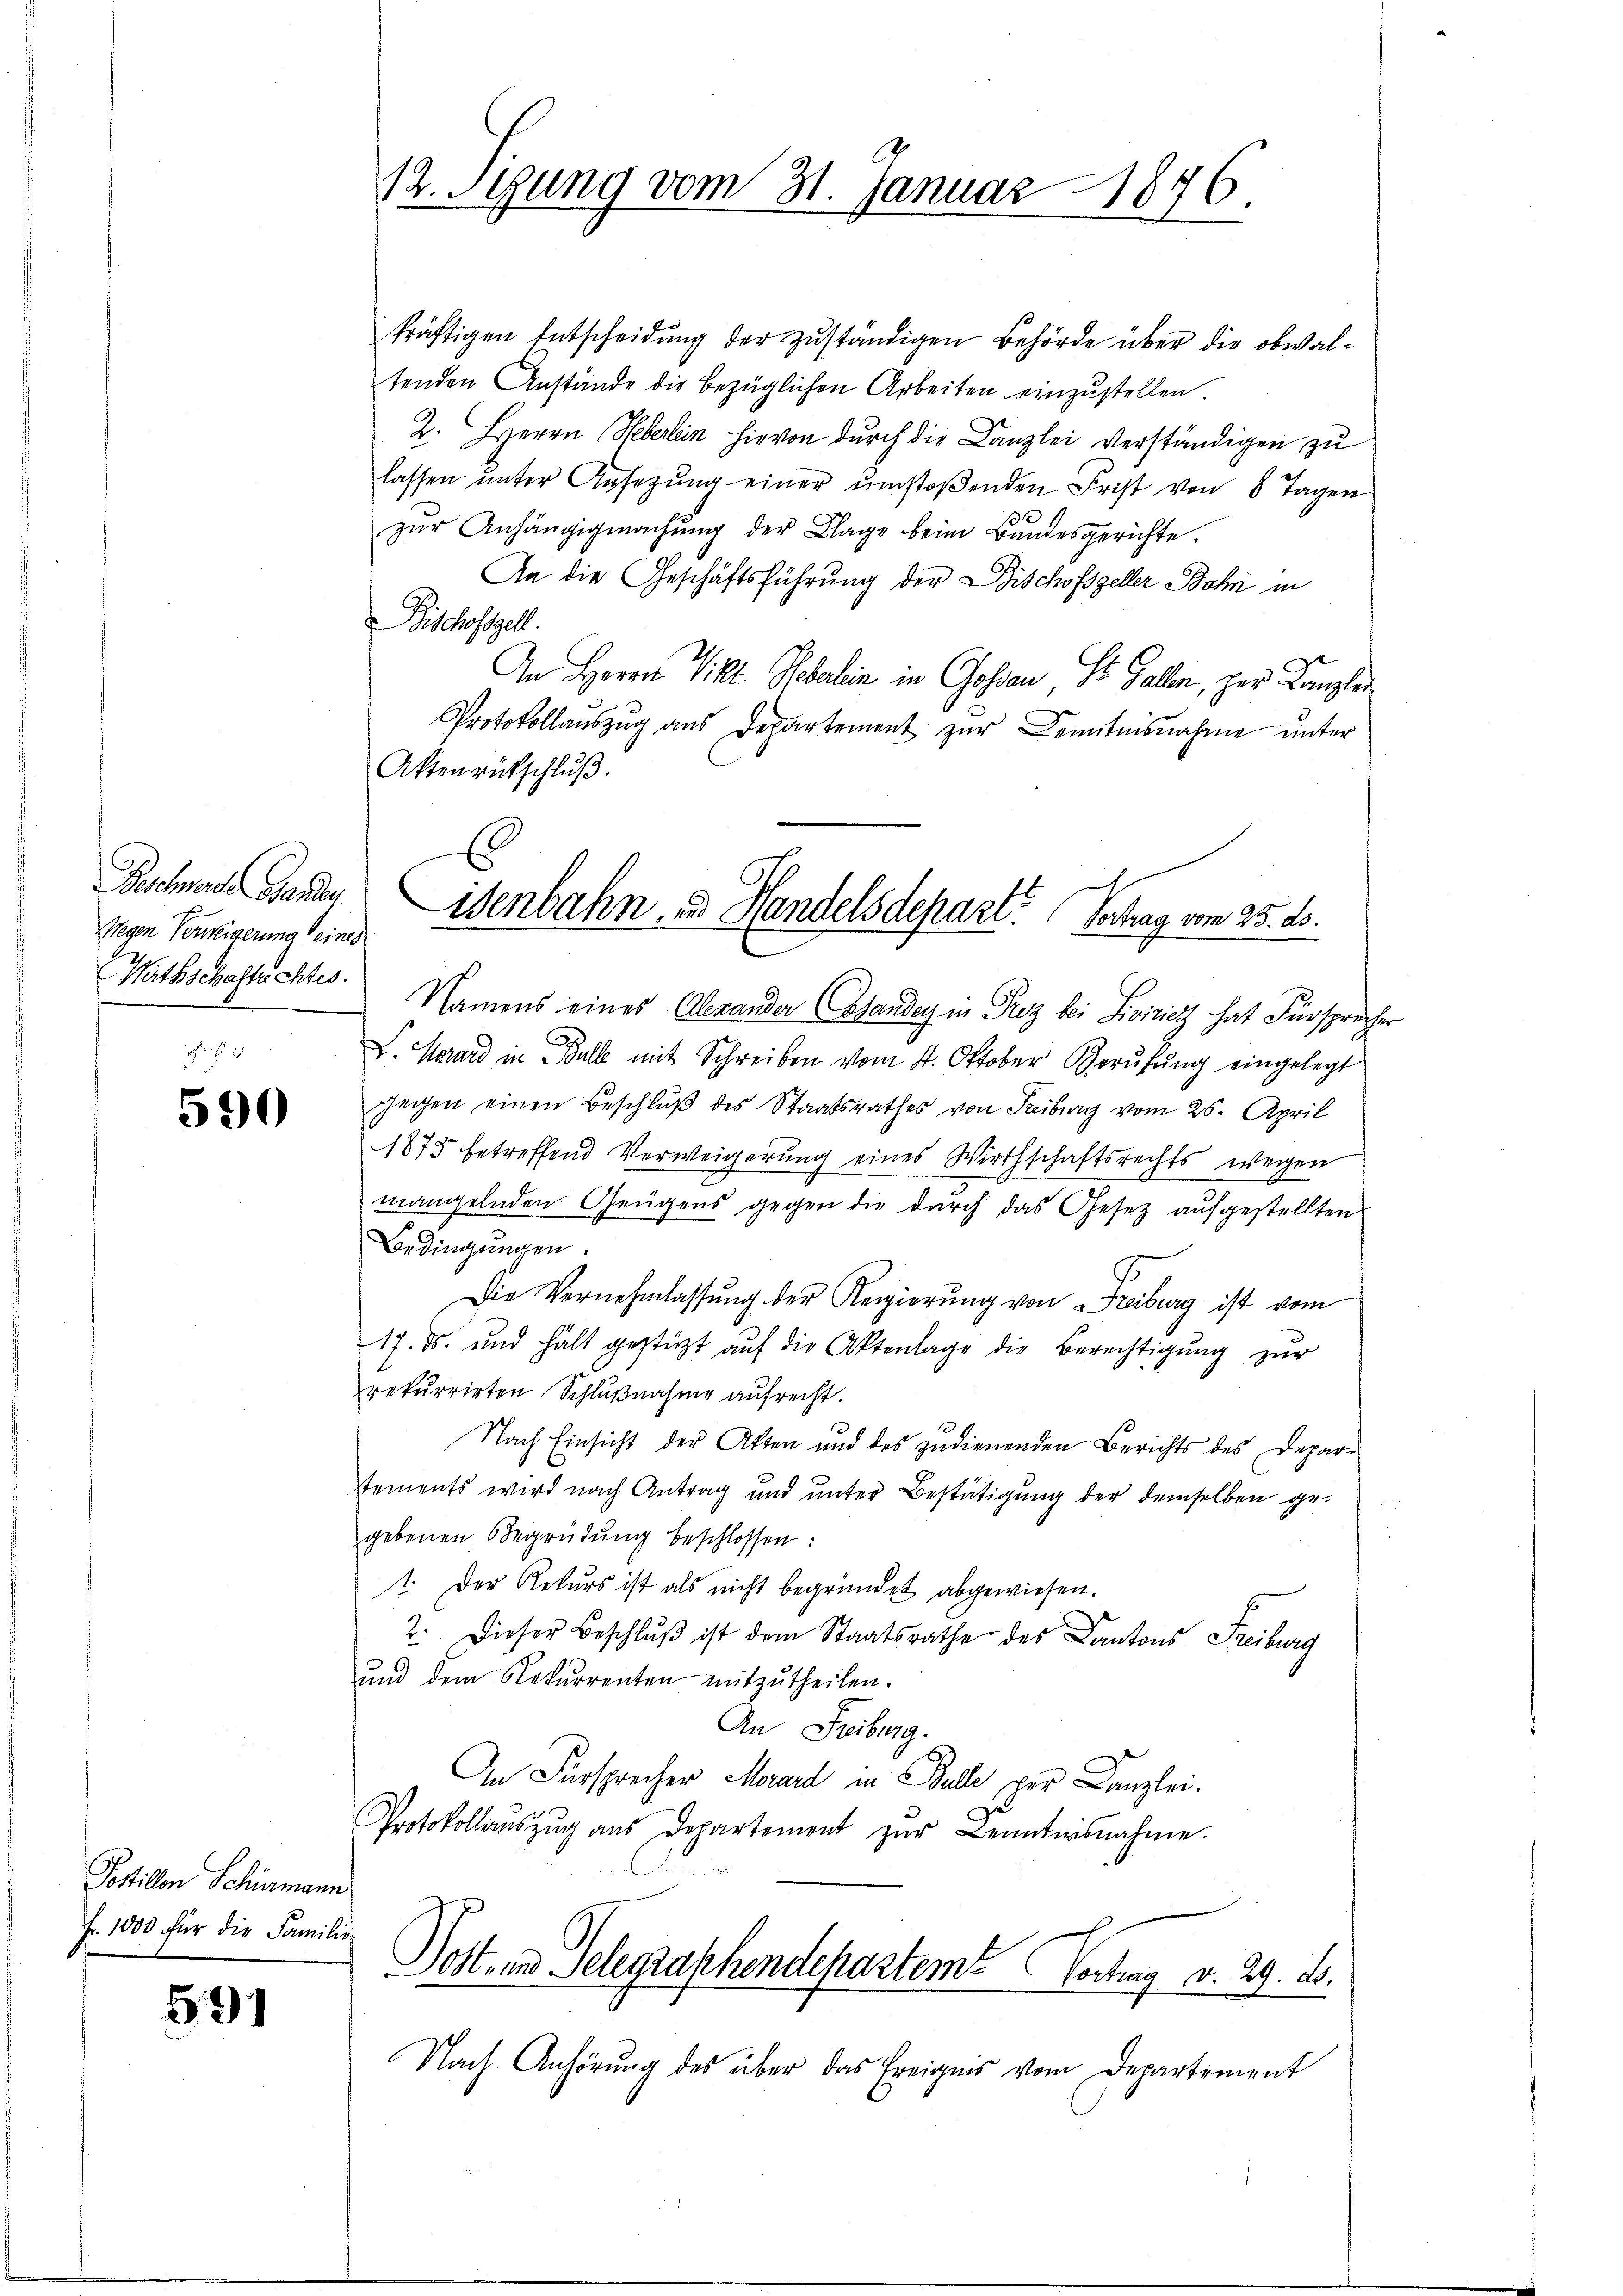
Wegen Verweigerung eines
Wathschaftachtes.

590

Postillen Schirmann
Fr. 1000 für die Familie

591

12. Sigung vom 31. Januar 1876.

kräftigen Entscheidung der zuständigen Behörde über die obwaltenden Anstände die bezüglichen Arbeiten einzustellen
2. Herrn Heberlin hievon durch die Kanzlei verständigen zu
lassen ŭnter Ansetzŭng einer ŭmstoβenden Frist von 8 Tagen
zŭr Anhängigmachŭng der Klage beim Bundesgerichte.
An die Geschäftsführung der Dischofszeller Bohn in
Bischofszell.
An Herrn Vikt. Sebalin in Gossau, St. Gallen, per Canzlei
Protokollauszug aus Departement zur Kenntnisnahme unter
Akten entschluß.
Namens eines Alexander (Standen in Prez bei Liviricz hat Fürspreche
V. Karard in Ball mit Schreiben vom 4. Oktober Berŭfŭng eingelegt
gegen einen Beschlŭβ des Staatsrathes von Freiburg vom 25. April
1875 betreffend Verweigerung eines Wirthschaftsrechts wegen
mangelnden Gegens gegen die durch das Gesetz aufgestellten
Bedingungen.
Die Vernehmlassŭng der Regierŭng von Freiburg ist vom
17. ds. und halt gestützt auf die Aktenlage die Berechtigung zur
rekurrirten Schlußnahme aufrecht.
Nach Einsicht der Akten und des zudienenden Berichts des Deparstements wird nach Antrag und unter Bestätigung der demselben gegebenen Begrüdung beschlossen:
t. Der Rekurs ist als nicht begründet abgewiesen.
2. Dieser Beschlŭβ ist dem Staatsrathe des Kantons Freiburg
ŭnd dem Rekurrenten mitzŭtheilen.
An Freiburg.
An Fürsprecher Maart in Bulle per Canzlei.
Protokollaŭszŭg aŭs Departement zŭr Kenntnisnahme.

Buchmache Hander Eisenbahn, u. Handelsdepart. Vertrag vom 25. ds.

Dott- und Gelegraschendepartem Vortrag v. 29. ds.

Nach Anhörung des über das Ereignis vom Departement

e